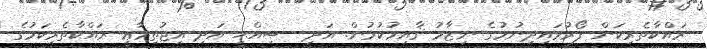
ރައްކާތެރިކަން ފޯރުވައިދިނުމުގެ ނިޒާމު ޤާއިމުކުރުން. އަދި  ޞިއްޙީ އަދި އިޖުތިމާޢީ ރައްކާތެރިކަމުގެ